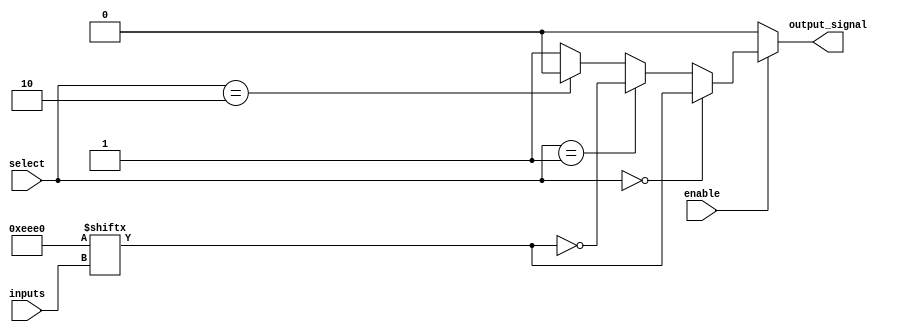
module CombinationalLogicBlock (
    input wire [3:0] inputs,           // 4-bit input signals
    input wire [1:0] select,           // Select signal for multiplexer
    input wire enable,                  // Enable signal
    output wire output_signal           // Output signal
);

// Look-Up Table (LUT) for 4-input function
reg [15:0] lut;                       // 16 entries for 4-input LUT

// Internal wires for LUT output and multiplexer inputs
wire lut_output;
wire mux_input1, mux_input2;

// LUT implementation: Example LUT for a specific function (can be configured)
always @* begin
    // Example: LUT that implements a function, for instance, F = A & B | C
    lut[0] = 0;   // 0000
    lut[1] = 0;   // 0001
    lut[2] = 0;   // 0010
    lut[3] = 0;   // 0011
    lut[4] = 0;   // 0100
    lut[5] = 1;   // 0101
    lut[6] = 1;   // 0110
    lut[7] = 1;   // 0111
    lut[8] = 0;   // 1000
    lut[9] = 1;   // 1001
    lut[10] = 1;  // 1010
    lut[11] = 1;  // 1011
    lut[12] = 0;  // 1100
    lut[13] = 1;  // 1101
    lut[14] = 1;  // 1110
    lut[15] = 1;  // 1111
end

// LUT output based on inputs
assign lut_output = lut[inputs];

// Multiplexer implementation
assign mux_input1 = lut_output; // First input to MUX
assign mux_input2 = ~lut_output; // Second input to MUX (inverted output)

// Multiplexer selection based on 'select' signal
wire mux_output;
assign mux_output = (select == 2'b00) ? mux_input1 :
                    (select == 2'b01) ? mux_input2 :
                    (select == 2'b10) ? 1'b0 :  // Example: always 0
                    1'b1;                     // Example: always 1

// Output logic with enable signal
assign output_signal = enable ? mux_output : 1'b0; // Output is 0 if not enabled

endmodule